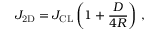
J _ { \mathrm { 2 D } } = J _ { \mathrm { C L } } \left( 1 + \frac { D } { 4 R } \right) \, ,